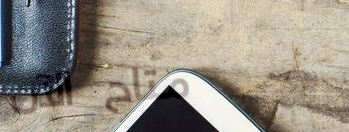
متاح الآن